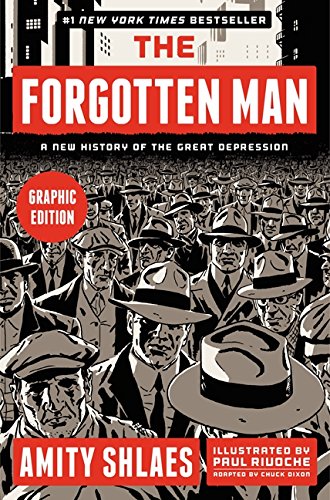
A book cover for The Forgotten Man: A New History of the Great Depression (Graphic Edition); Amity Shlaes; Comics & Graphic Novels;